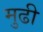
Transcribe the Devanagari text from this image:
मुढी